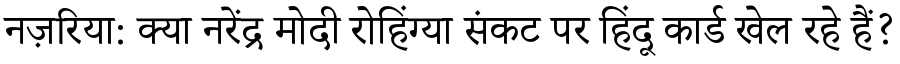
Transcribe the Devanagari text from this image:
नज़रिया: क्या नरेंद्र मोदी रोहिंग्या संकट पर हिंदू कार्ड खेल रहे हैं?